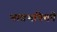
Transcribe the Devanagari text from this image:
भावभक्तिने